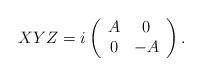
LaTeX: \begin{align*} XYZ=i\left(\begin{array}{cc} A&0 \\0 & -A\end{array}\right).\end{align*}